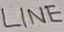
Text: LINE